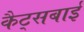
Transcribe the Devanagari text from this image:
कैट्सबाई